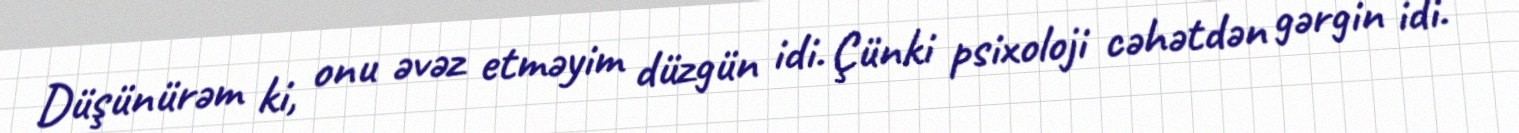
Düşünürəm ki, onu əvəz etməyim düzgün idi. Çünki psixoloji cəhətdən gərgin idi.